Indian journal of veterinary science and animal husbandry - Volumes 15-17, 1948-1951
Year: 1948
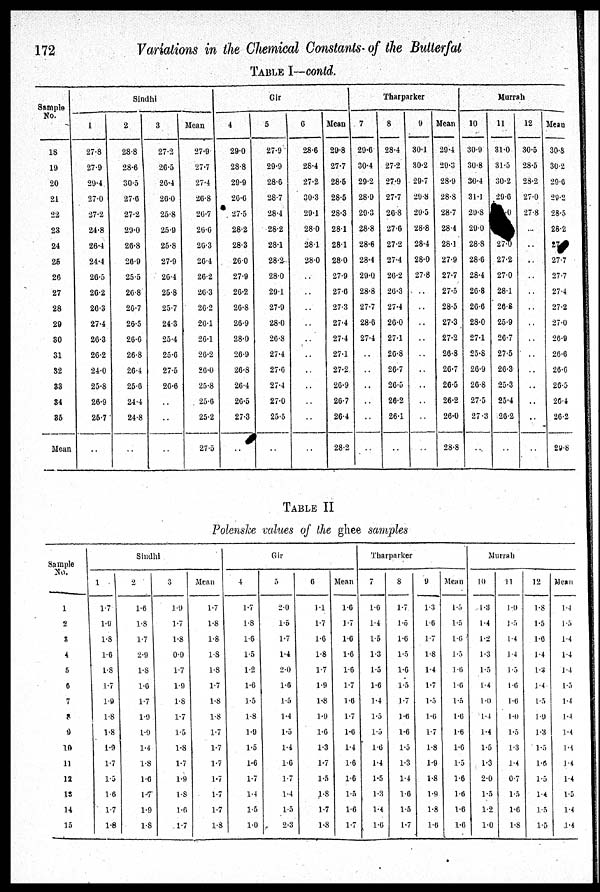
172
Variations in the Chemical Constants of the Butterfat
TABLE I—contd.
Sample
No.
18
19
20
21
22
23
24
25
26
27
28
29
30
31
32
33
34
35
Mean
Sindhi
1
27.8
27.9
29.4
27.0
27.2
24.8
26.4
24.4
26.5
26.2
26.3
27.4
26.3
26.2
24.0
25.8
26.9
25.7
..
2
28.8
28.6
30.5
27.6
27.2
29.0
26.8
26.9
25.5
26.8
26.7
26.5
26.6
26.8
26.4
25.6
24.4
24.8
..
3
27.2
26.5
26.4
26.0
25.8
25.9
25.8
27.9
26.4
25.8
25.7
24.3
25.4
25.6
27.5
26.6
..
..
..
Mean
27.9
27.7
27.4
26.8
26.7
26.6
26.3
26.4
26.2
26.3
26.2
26.1
26.1
26.2
26.0
25.8
25.6
25.2
27.5
Gir
4
29.0
28.8
29.9
26.6
27.5
28.2
28.3
26.0
27.9
26.2
26.8
26.9
28.0
26.9
26.8
26.4
26.5
27.3
..
5
27.9
29.9
28.6
28.7
28.4
28.2
28.1
28.2
28.0
29.1
27.9
28.0
26.8
27.4
27.6
27.4
27.0
25.5
..
6
28.6
28.4
27.2
30.3
29.1
28.0
28.1
28.0
..
..
..
..
..
..
..
..
..
..
..
Mean
29.8
27.7
28.5
28.5
28.3
28.1
28.1
28.0
27.9
27.6
27.3
27.4
27.4
27.1
27.2
26.9
26.7
26.4
28.2
Tharparker
7
29.6
30.4
29.2
28.9
29.3
28.8
28.6
28.4
29.0
28.8
27.7
28.6
27.4
..
..
..
..
..
..
8
28.4
27.2
27.9
27.7
26.8
27.6
27.2
27.4
26.2
26.3
27.4
26.0
27.1
26.8
26.7
26.5
26.2
26.1
..
9
30.1
30.2
29.7
29.8
29.5
28.8
28.4
28.0
27.8
..
..
..
..
..
..
..
..
..
..
Mean
29.4
29.3
28.9
28.8
28.7
28.4
28.1
27.9
27.7
27.5
28.5
27.3
27.2
26.8
26.7
26.5
26.2
26.0
28.8
Murrah
10
30.9
30.8
30.4
31.1
29.8
29.0
28.8
28.6
28.4
26.8
26.6
28.0
27.1
25.8
26.9
26.8
27.5
27.3
..
11
31.0
31.5
30.2
29.6
27.0
27.2
27.0
28.4
26.8
25.9
26.7
27.5
26.3
25.3
25.4
26.2
..
12
30.5
28.5
28.2
27.0
27.8
...
..
..
..
..
..
..
..
..
..
..
..
..
..
Mean
30.8
30.2
29.6
29.2
28.5
28.2
27
27.7
27.7
27.4
27.2
27.0
26.9
26.6
26.6
26.5
26.4
26.2
29.8
TABLE II
Polenske values of the ghee samples
Sample
No.
1
2
3
4
5
6
7
8
9
10
11
12
13
14
15
Sindhi
1
1.7
1.9
1.8
1.6
1.8
1.7
1.9
1.8
1.8
1.9
1.7
1.5
1.6
1.7
1.8
2
1.6
1.8
1.7
2.9
1.8
1.6
1.7
1.9
1.9
1.4
1.8
1.6
1.7
1.9
1.8
3
1.9
1.7
l.8
0.9
1.7
1.9
1.8
1.7
1.5
1.8
1.7
1.9
1.8
1.6
1.7
Mean
1.7
1.8
1.8
1.8
1.8
1.7
1.8
1.8
1.7
1.7
1.7
1.7
1.7
1.7
1.8
Gir
4
1.7
1.8
1.6
1.5
1.2
1.6
1.5
1.8
1.9
1.5
1.6
1.7
1.4
1.5
1.0
5
2.0
1.5
1.7
1.4
2.0
1.6
1.5
1.4
1.5
1.4
1.6
1.7
1.4
1.5
2.3
6
1.1
1.7
1.6
1.8
1.7
1.9
1.8
1.9
1.6
1.3
1.7
1.5
1.8
1.7
1.8
Mean
1.6
1.7
1.6
1.6
1.6
1.7
1.6
1.7
1.6
1.4
1.6
1.6
1.5
1.6
1.7
Tharparker
7
1.6
1.4
1.5
1.3
1.5
1.6
1.4
1.5
1.5
1.6
1.4
1.5
1.3
1.4
1.6
8
1.7
1.5
1.6
1.5
1.6
1.5
1.7
1.6
1.6
1.5
1.3
1.4
1.6
1.5
1.7
9
1.3
1.6
1.7
1.8
1.4
1.7
1.5
1.6
1.7
1.8
1.9
1.8
1.9
1.8
1.6
Mean
1.5
1.5
1.6
1.5
1.6
1.6
1.5
1.6
1.6
1.6
1.5
1.6
1.6
1.6
1.6
Murrab
10
1.3
1.4
1.2
1.3
1.5
1.4
1.0
1.4
1.4
1.5
1.3
2.0
1.5
1.2
1.0
11
1.0
1.5
1.4
1.4
1.5
1.6
1.6
1.0
1.5
1.3
1.4
0.7
1.5
1.6
1.8
12
1.8
1.5
1.6
1.4
1.3
1.4
1.5
1.9
1.3
1.5
1.6
1.5
1.4
1.5
1.5
Mean
1.4
1.5
1.4
1.4
1.4
1.5
1.4
1.4
1.4
1.4
1.4
1.4
1.5
1.4
1.4